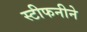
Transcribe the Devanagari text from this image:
स्टीफनीने